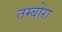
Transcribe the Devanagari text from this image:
तम्बोरा